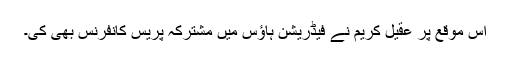
اس موقع پر عقیل کریم نے فیڈریشن ہاؤس میں مشترکہ پریس کانفرنس بھی کی۔